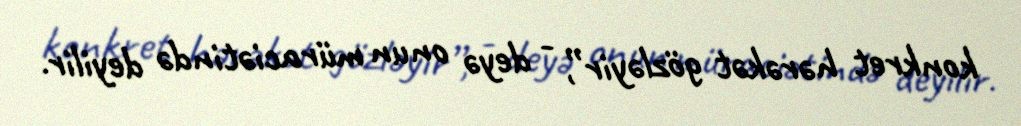
konkret hərəkət gözləyir”, - deyə onun müraciətində deyilir.